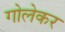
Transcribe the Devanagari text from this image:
गोलेकर